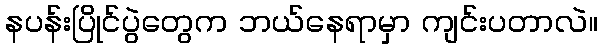
နပန်းပြိုင်ပွဲတွေက ဘယ်နေရာမှာ ကျင်းပတာလဲ။